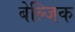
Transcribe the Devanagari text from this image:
बेल्जिक